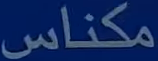
مكناس